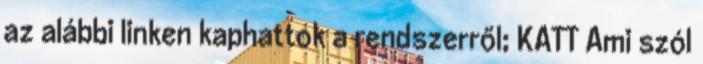
az alábbi linken kaphattok a rendszerről; KATT Ami szól